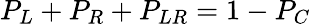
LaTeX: P_{L}+P_{R}+P_{LR}=1-P_{C}